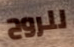
للروح